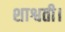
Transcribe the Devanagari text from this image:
शाश्वती।